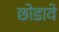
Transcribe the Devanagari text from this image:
छोडावे